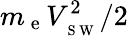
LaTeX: m_{\mathrm{~e~}}V_{_{\mathrm{~S~W~}}}^{2}/2